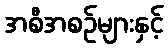
အစီအစဉ်များနှင့်